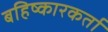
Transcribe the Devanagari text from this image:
बहिष्कारकर्ता